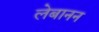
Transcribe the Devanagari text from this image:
लेबानन